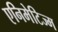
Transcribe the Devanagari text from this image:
एनिमेटिज्म